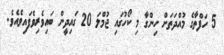
5 ހަފްތާގެ މުއްދަތަށް ހިންގާ މި ކޯހުގައި ޖުމްލަ 20 ގައިދީން ބައިވެރިވެފައިވެއެވެ.